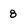
Character: 8